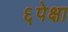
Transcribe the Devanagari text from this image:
६पेक्षा